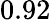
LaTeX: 0.92